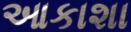
આકાશા